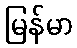
မြန်မာ